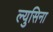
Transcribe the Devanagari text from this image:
ल्युसिना